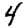
Digit: 4